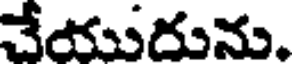
చేయుదును.